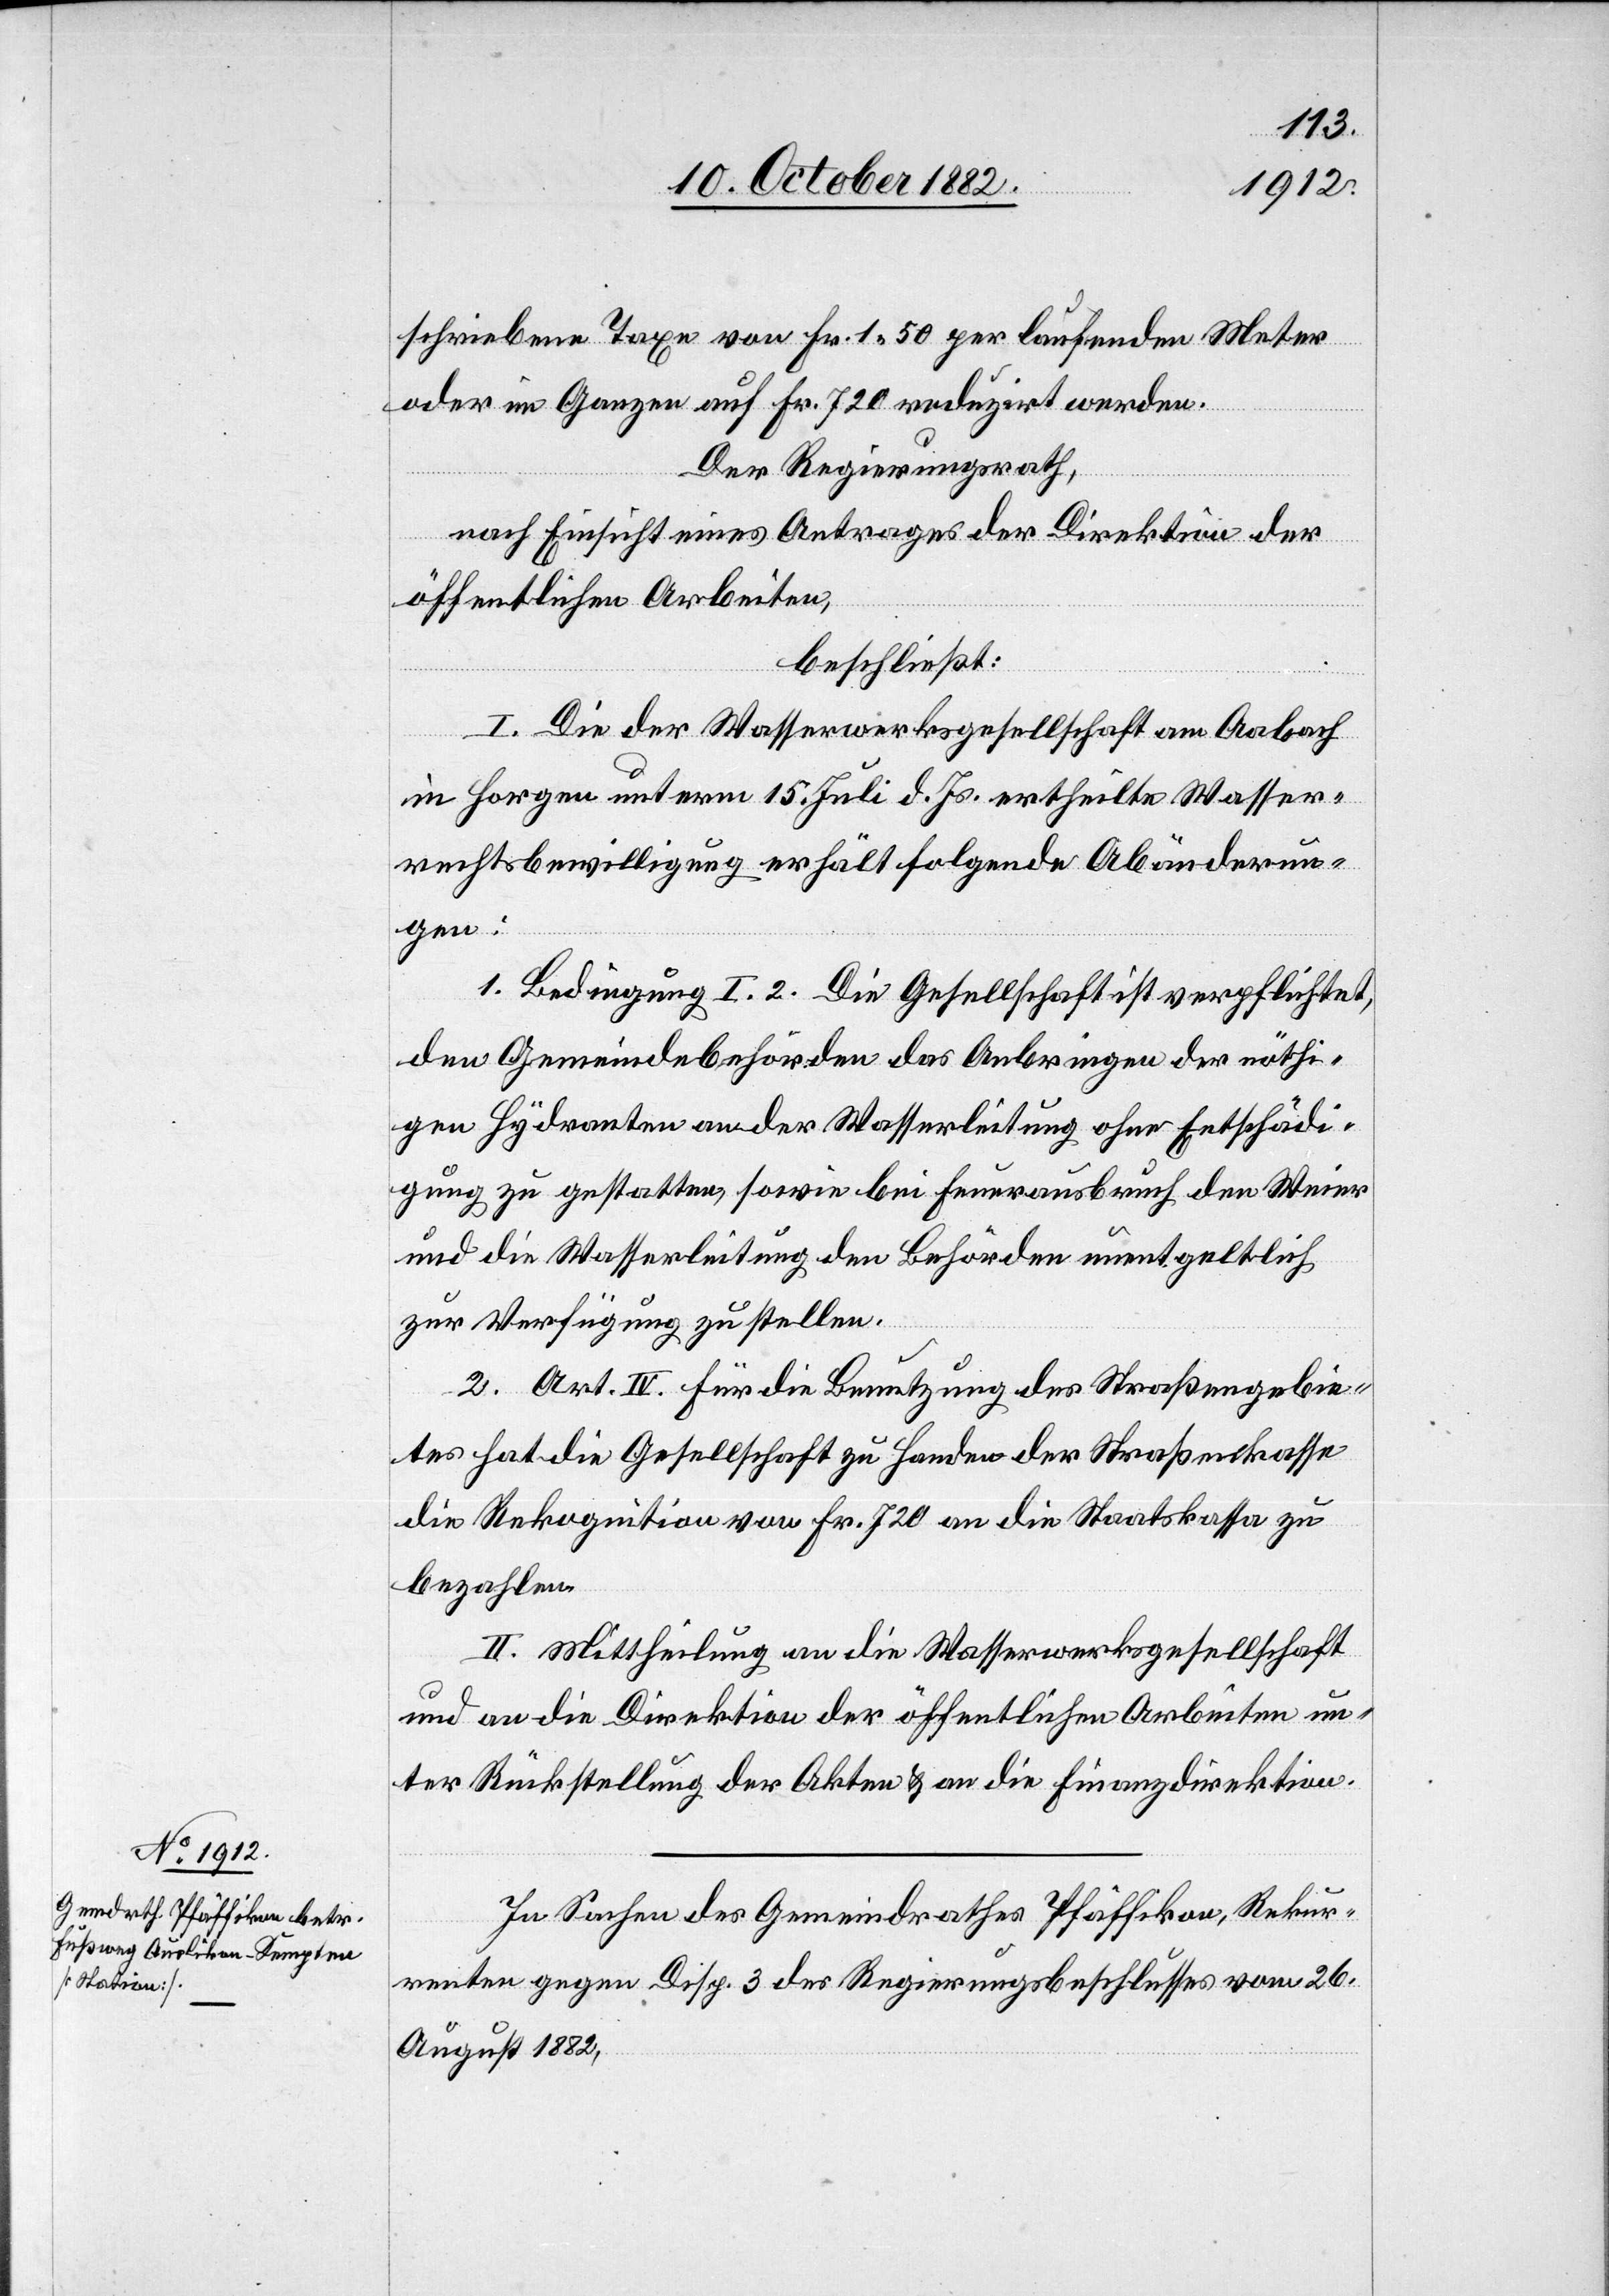
schriebenen Taxe von Fr. 1 50 per laufenden Meter
oder im Ganzen auf Fr. 720 reduzirt werden.
Der Regierungsrath,
nach Einsicht eines Antrages der Direktion der
öffentlichen Arbeiten,
beschließt:
I. Die der Wasserwerksgesellschaft am Aabach
in Horgen unterm 15. Juli d. Js. ertheilte Wasser¬
rechtsbewilligung erhält folgende Abänderun¬
gen:
1. Bedingung I. 2. Die Gesellschaft ist verpflichtet,
den Gemeindebehörden das Anbringen der nöthi¬
gen Hydranten an der Wasserleitung ohne Entschädi¬
gung zu gestatten, sowie bei Feuerausbruch den Weier
und die Wasserleitung den Behörden unentgeltlich
zur Verfügung zu stellen.
2. Art. IV. Für die Benutzung des Straßengebie¬
tes hat die Gesellschaft zu Handen der Straßenkasse
die Rekognition von Fr. 720 an die Staatskassa zu
bezahlen.
II. Mittheilung an die Wasserwerksgesellschaft
und an die Direktion der öffentlichen Arbeiten un¬
ter Rückstellung der Akten & an die Finanzdirektion.
In Sachen des Gemeindrathes Pfäffikon, Rekur¬
renten gegen Disp. 3 des Regierungsbeschlusses vom 26.
August 1882,